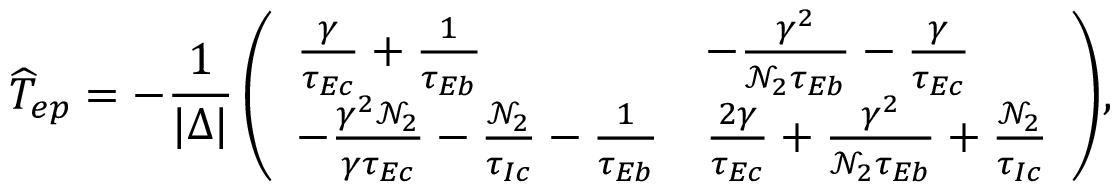
\widehat { T } _ { e p } = - \frac { 1 } { | \Delta | } \left( \begin{array} { l l } { \frac { \gamma } { \tau _ { E c } } + \frac { 1 } { \tau _ { E b } } } & { - \frac { \gamma ^ { 2 } } { \mathcal { N } _ { 2 } \tau _ { E b } } - \frac { \gamma } { \tau _ { E c } } } \\ { - \frac { \gamma ^ { 2 } \mathcal { N } _ { 2 } } { \gamma \tau _ { E c } } - \frac { \mathcal { N } _ { 2 } } { \tau _ { I c } } - \frac { 1 } { \tau _ { E b } } } & { \frac { 2 \gamma } { \tau _ { E c } } + \frac { \gamma ^ { 2 } } { \mathcal { N } _ { 2 } \tau _ { E b } } + \frac { \mathcal { N } _ { 2 } } { \tau _ { I c } } } \end{array} \right) \! ,